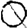
Digit: 0